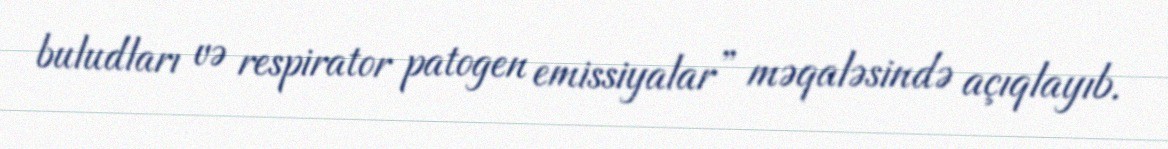
buludları və respirator patogen emissiyalar” məqaləsində açıqlayıb.